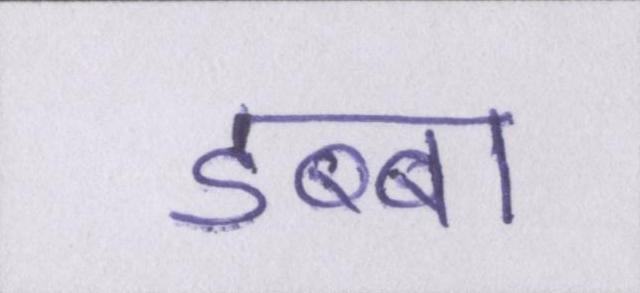
डब्बा